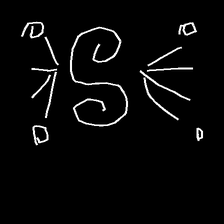
Glyph: aeroform